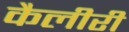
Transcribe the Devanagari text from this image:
कैलीरी